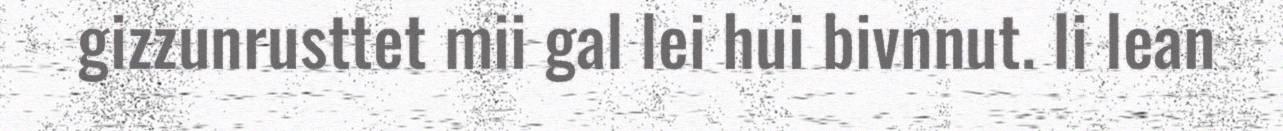
gizzunrusttet mii gal lei hui bivnnut. Ii lean